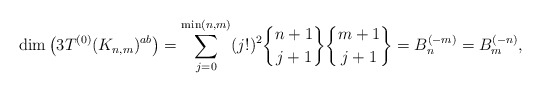
\begin{align*} \dim \big(3T^{(0)}(K_{n,m})^{ab}\big) = \sum_{j=0}^{\min(n,m)}(j !)^2{n+1 \brace j+1} {m+1 \brace j+1} = {B_{n}^{(-m)}} = {B_{m}^{(-n )}},\end{align*}